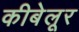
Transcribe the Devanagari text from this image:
कीबेलूर